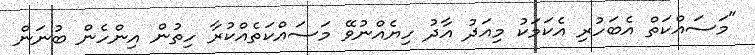
"މަސައްކަތް އެބަހުރި އެކަމަކު މިއަދު އާދު ހިޔެއްނުވޭ މަސައްކަތެއްކުރާ ހިތުން އިންހެން ބުނަން